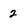
Character: 2